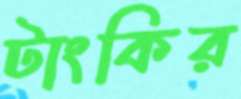
টাংকির